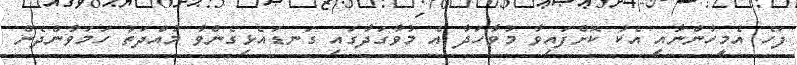
ފަހެ އެމީހުންނާއި އެކު ކޮށްފައިވާ މުވާހަދާ އެ މުވާގަދާގައި ގަނޑައެޅިގެންވާ މުއްދަތު ހަމަވާންދެން